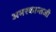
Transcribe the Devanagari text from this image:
अमरकान्तजी